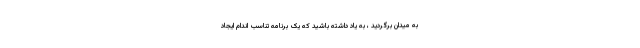
به میدان برگردید ، به یاد داشته باشید که یک برنامه تناسب اندام ایجاد